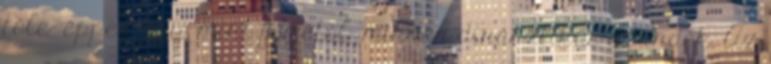
tőle- éppen úgy, mint férjétől- minden dinasztikus szándék. Az